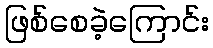
ဖြစ်စေခဲ့ကြောင်း